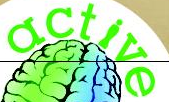
active